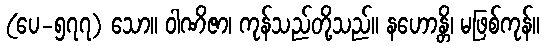
(ပေ-၅၇၇) သော။ ဝါဏိဇာ၊ ကုန်သည်တို့သည်။ နဟောန္တိ၊ မဖြစ်ကုန်။